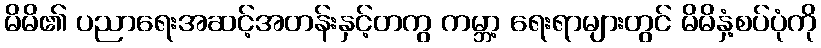
မိမိ၏ ပညာရေးအဆင့်အတန်းနှင့်တကွ ကမ္ဘာ့ ရေးရာများတွင် မိမိနှံ့စပ်ပုံကို